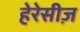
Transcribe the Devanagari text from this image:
हेरेसीज़